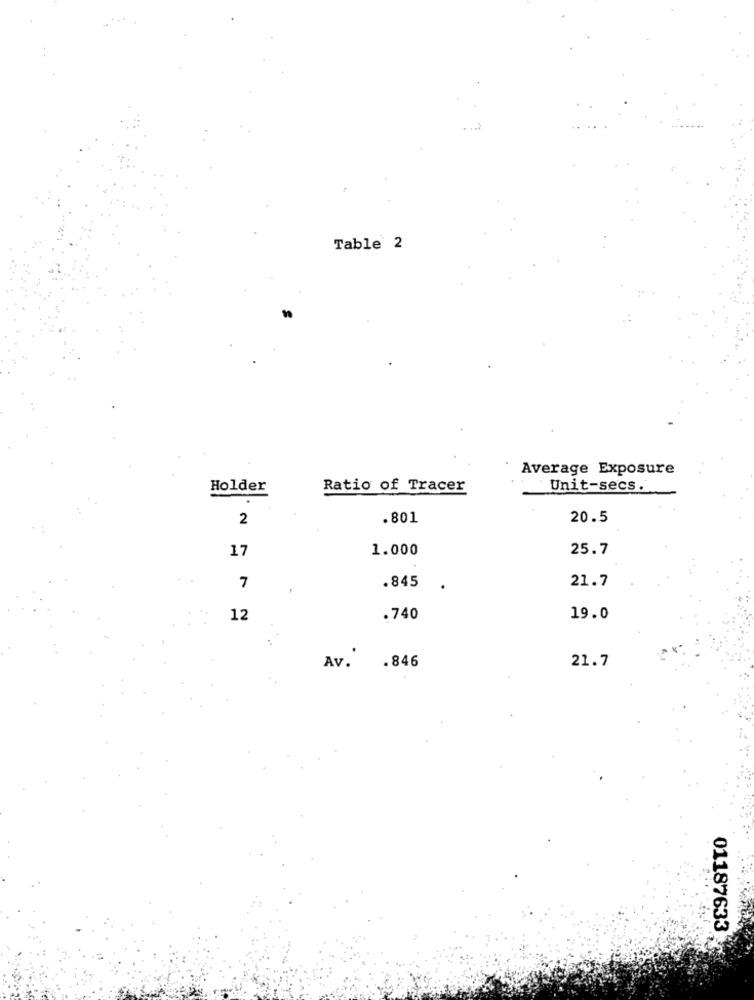
Table 2
Average Exposure
Holder
Ratio of Tracer
Unit-secs.
2
.801
20.5
17
1.000
25.7
.845
7
21.7
12
.740
19.0
Av.
.846
21.7
01187633